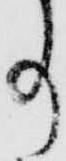
事